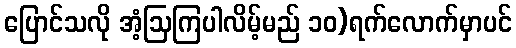
ပြောင်သလို အံ့ဩကြပါလိမ့်မည် ၁၀)ရက်လောက်မှာပင်